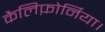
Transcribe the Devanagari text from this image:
कैलिफ़ोर्निया।